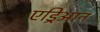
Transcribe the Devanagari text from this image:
एड्रिआन